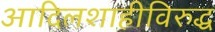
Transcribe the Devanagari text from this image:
आदिलशाहीविरुद्ध